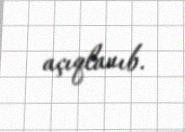
açıqlanıb.